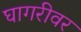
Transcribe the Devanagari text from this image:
घागरीवर